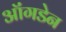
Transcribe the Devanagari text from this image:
ऑंगडेन